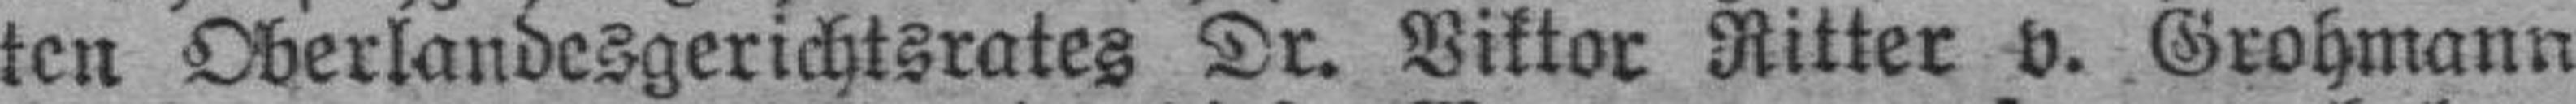
ten Oberlandesgerichtsrates Dr. Viktor Ritter v. Grohmann